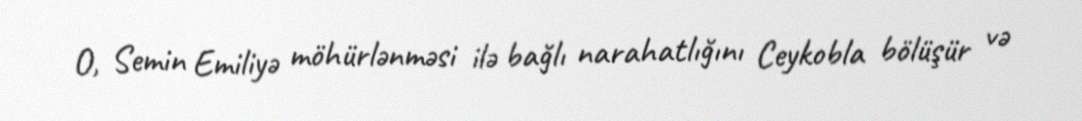
O, Semin Emiliyə möhürlənməsi ilə bağlı narahatlığını Ceykobla bölüşür və